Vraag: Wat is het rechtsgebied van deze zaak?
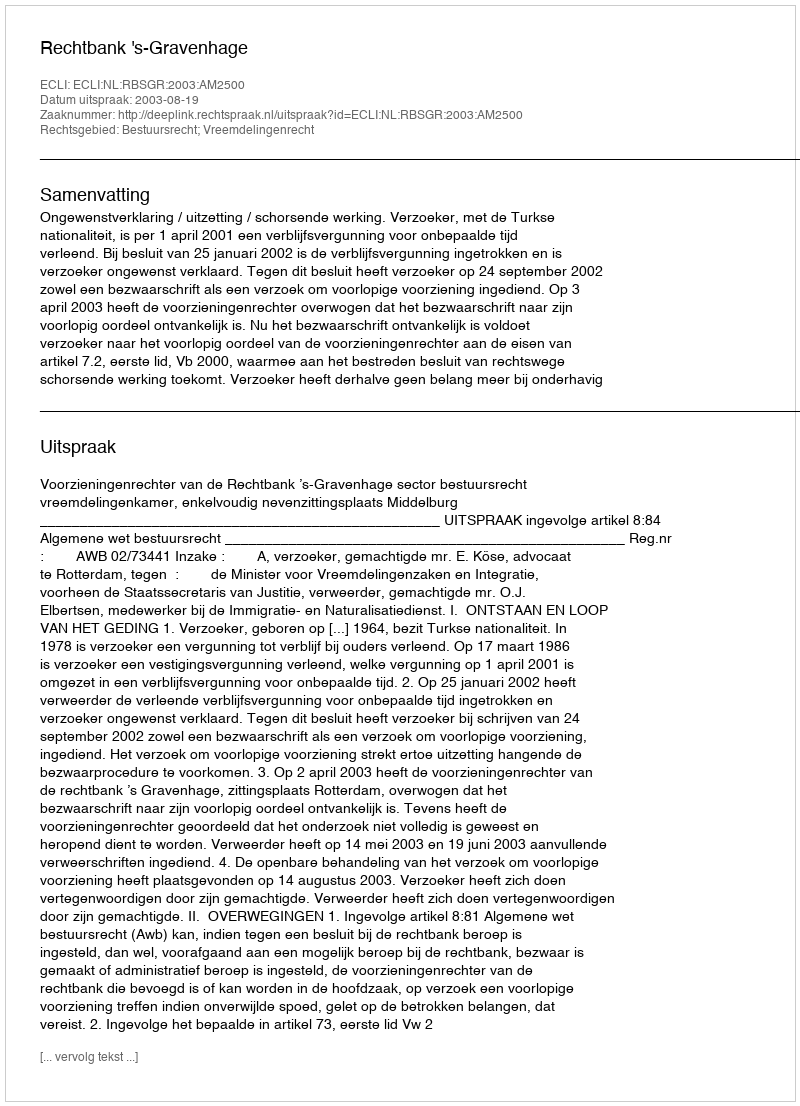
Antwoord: Bestuursrecht; Vreemdelingenrecht